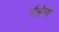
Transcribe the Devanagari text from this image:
नौसेन्य